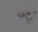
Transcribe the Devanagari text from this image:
वंक्षु